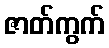
ဇာတ်ကွက်